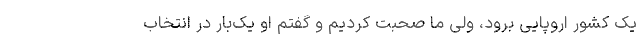
یک کشور اروپایی برود، ولی ما صحبت کردیم و گفتم او یک‌بار در انتخاب